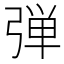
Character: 弾